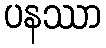
ပနဿာ